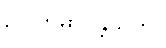
ဥပါတိဓာဝန္တိသုတ်။